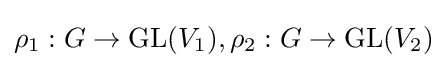
\rho _{1}:G\to {\text{GL}}(V_{1}),\rho _{2}:G\to {\text{GL}}(V_{2})